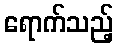
ရောက်သည့်